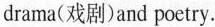
drama(戏剧)and poctry.